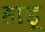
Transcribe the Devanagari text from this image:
हांडू